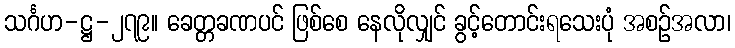
သင်္ဂဟ-ဋ္ဌ-၂၇၉။ ခေတ္တခဏပင် ဖြစ်စေ နေလိုလျှင် ခွင့်တောင်းရသေးပုံ အစဉ်အလာ၊